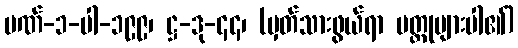
ပဏ်-၁-ပါ-၁၉၉၊ ဋ္ဌ-ဒု-၄၄၊ (မှတ်သားဖွယ်ရာ ပတ္ထုများပါ၏)